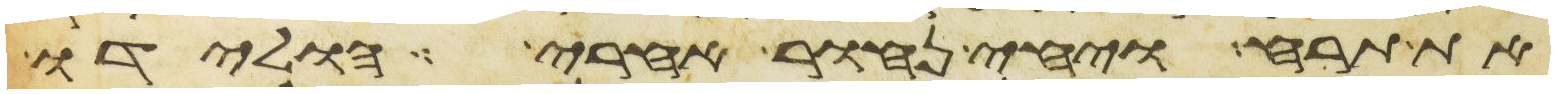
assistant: את תרח ויחי נחור אחרי הולידו